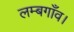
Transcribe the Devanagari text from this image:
लम्बगाँव।